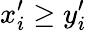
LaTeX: x_{i}^{\prime}\geq y_{i}^{\prime}